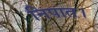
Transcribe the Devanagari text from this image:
निपात।